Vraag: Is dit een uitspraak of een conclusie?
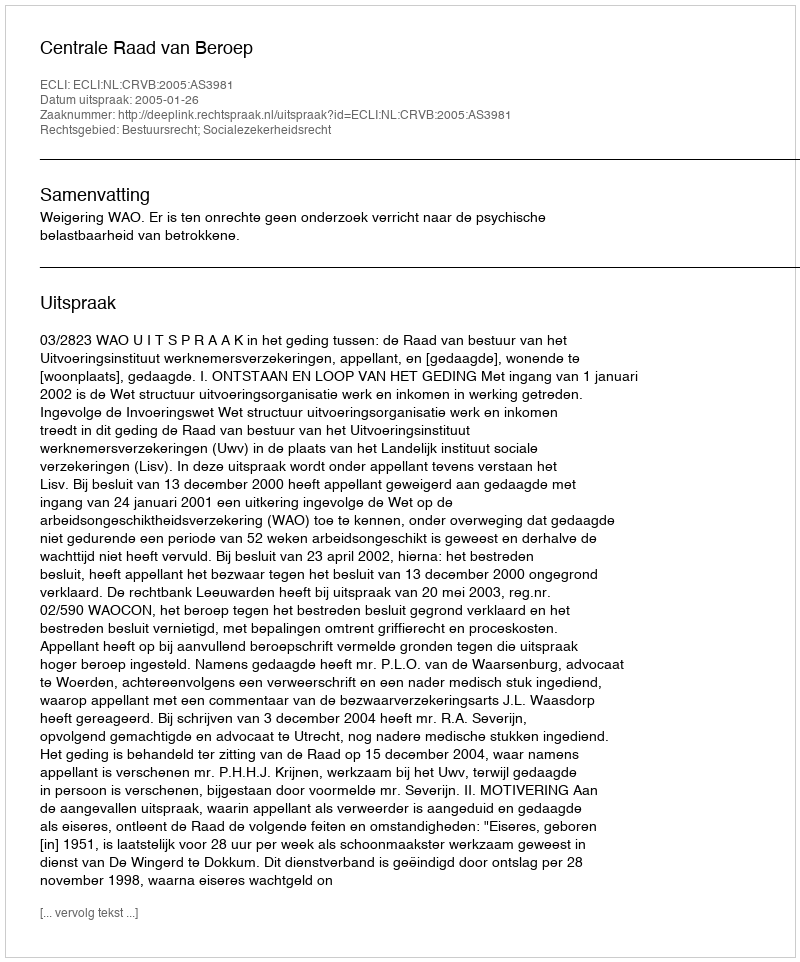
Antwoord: Uitspraak